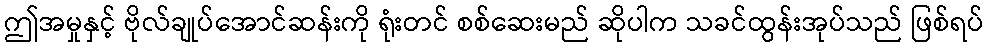
ဤအမှုနှင့် ဗိုလ်ချုပ်အောင်ဆန်းကို ရုံးတင် စစ်ဆေးမည် ဆိုပါက သခင်ထွန်းအုပ်သည် ဖြစ်ရပ်